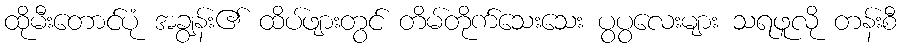
ထိုမီးတောင်ပုံ အချွန်း၏ ထိပ်ဖျားတွင် တိမ်တိုက်သေးသေး ပွပွလေးများ သရဖူလို တန်းစီ